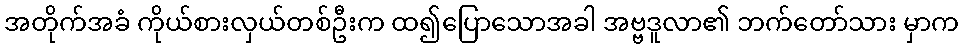
အတိုက်အခံ ကိုယ်စားလှယ်တစ်ဦးက ထ၍ပြောသောအခါ အဗ္ဗဒူလာ၏ ဘက်တော်သား မှာက